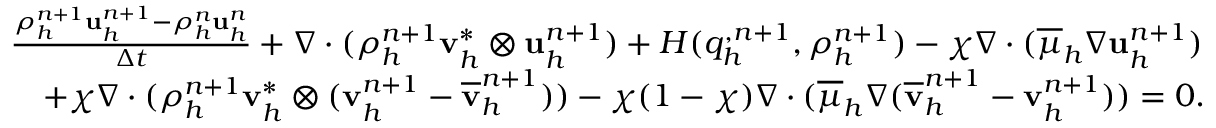
\begin{array} { r l } & { \frac { \rho _ { h } ^ { n + 1 } \mathbf u _ { h } ^ { n + 1 } - \rho _ { h } ^ { n } \mathbf u _ { h } ^ { n } } { \Delta t } + \nabla \cdot ( \rho _ { h } ^ { n + 1 } \mathbf v _ { h } ^ { * } \otimes \mathbf u _ { h } ^ { n + 1 } ) + H ( q _ { h } ^ { , n + 1 } , \rho _ { h } ^ { n + 1 } ) - \chi \nabla \cdot ( \overline { { \mu } } _ { h } \nabla { \mathbf u } _ { h } ^ { n + 1 } ) } \\ & { \quad + \chi \nabla \cdot ( \rho _ { h } ^ { n + 1 } \mathbf v _ { h } ^ { * } \otimes ( \mathbf v _ { h } ^ { n + 1 } - \overline { { \mathbf v } } _ { h } ^ { n + 1 } ) ) - \chi ( 1 - \chi ) \nabla \cdot ( \overline { { \mu } } _ { h } \nabla ( \overline { { \mathbf v } } _ { h } ^ { n + 1 } - { \mathbf v } _ { h } ^ { n + 1 } ) ) = \boldsymbol { 0 } . } \end{array}